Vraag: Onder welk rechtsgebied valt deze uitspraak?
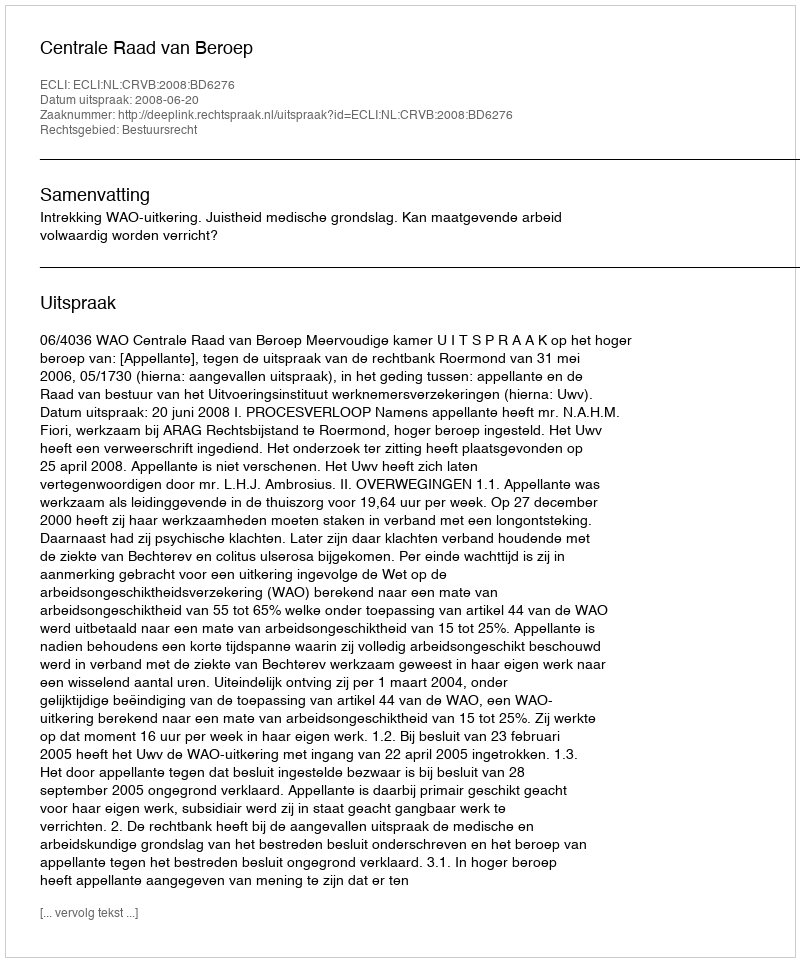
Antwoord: Bestuursrecht